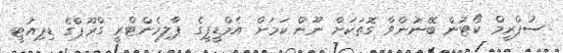
ސުޕްރީމް ކޯޓުން ބޭނުންވާ ގޮތަކަށް ނޫން ކަމަށް އެމްޑީޕީގެ ޕާލިމެންޓްރީ ގްރޫޕްގެ ޑިޕިއުޓީ